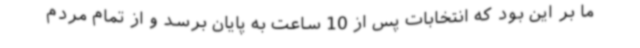
ما بر این بود که انتخابات پس از 10 ساعت به پایان برسد و از تمام مردم